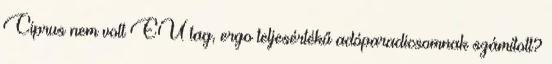
Ciprus nem volt EU tag, ergo teljesértékű adóparadicsomnak számított?